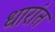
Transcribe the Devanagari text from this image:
धारांत